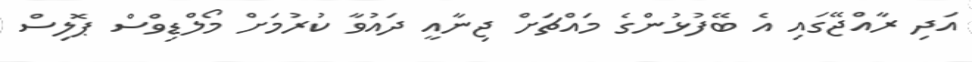
އަދި ރާއްޖޭގައި އެ ބޭފުޅުންގެ މައްޗަށް ޖިނާއީ ދައުވާ ކުރުމަށް މޯލްޑިވްސް ޕޮލިސް